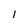
Character: l